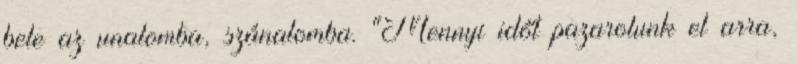
bele az unalomba, szánalomba. "Mennyi időt pazarolunk el arra,